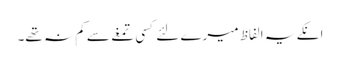
انکے یہ الفاظ میرے لئے کسی تمغے سے کم نہ تھے۔